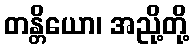
တန္တိယော၊ အညို့တို့